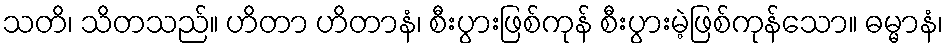
သတိ၊ သိတသည်။ ဟိတာ ဟိတာနံ၊ စီးပွားဖြစ်ကုန် စီးပွားမဲ့ဖြစ်ကုန်သော။ ဓမ္မာနံ၊